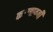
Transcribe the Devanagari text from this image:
करणावती